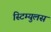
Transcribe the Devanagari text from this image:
स्टिम्युलस